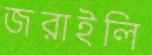
জরাইলি